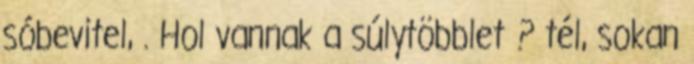
sóbevitel, . Hol vannak a súlytöbblet ? tél, sokan